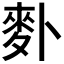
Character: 𪋿